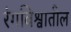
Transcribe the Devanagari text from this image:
रंगविश्वातील